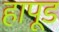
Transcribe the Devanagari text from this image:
हापूड